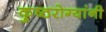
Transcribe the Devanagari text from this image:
कुष्ठरोग्यांनी